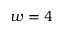
w = 4